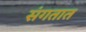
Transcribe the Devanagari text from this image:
संगतात